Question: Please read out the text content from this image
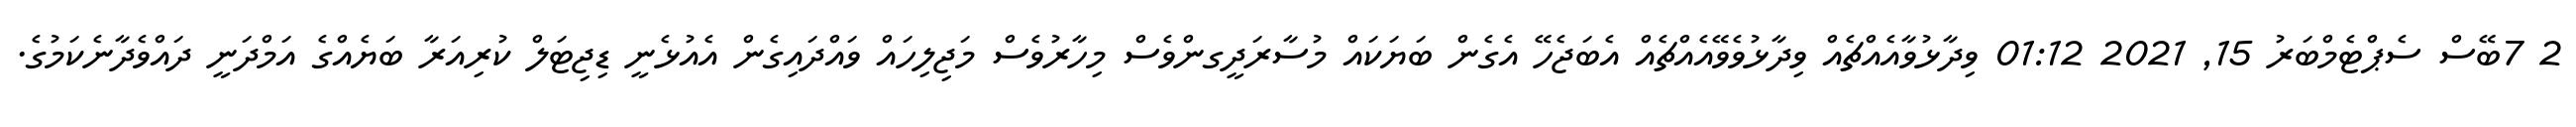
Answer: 2 7ބޭސް ސެޕްޓެމްބަރު 15, 2021 01:12 ވިދާޅުވާއެއްޗެއް ވިދާޅުވެވޭއެއްޗެއް އެބަޖެހޭ އެގެން ބަޔަކައް މުސާރަދީގންވެސް މިހާރުވެސް މަޖިލިހައް ވައްދައިގެން އެއުޅެނީ ޑިޖިޓަލް ކުރިއަރާ ބަޔެއްގެ އަމްދަނީ ދައްވެދާނެކަމުގެ.